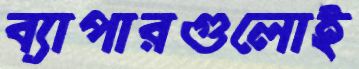
ব্যাপারগুলোই